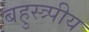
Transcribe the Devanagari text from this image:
बहुस्त्र्पीय